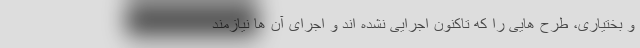
و بختیاری، طرح هایی را که تاکنون اجرایی نشده اند و اجرای آن ها نیازمند